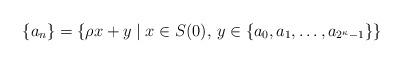
LaTeX: \begin{align*}\{a_n\}=\left\{\rho x+y\mid x\in S(0),\, y\in \{a_0,a_1,\ldots,a_{2^\kappa-1}\}\right\}\end{align*}